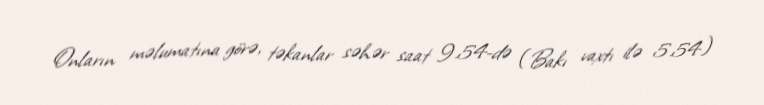
Onların məlumatına görə, təkanlar səhər saat 9.54-də (Bakı vaxtı ilə 5.54)